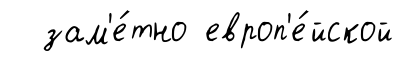
зам'е́тно европ'е́йской